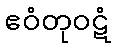
ဧဝံတုဝဋံ